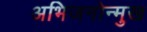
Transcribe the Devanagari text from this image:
अभिजनोन्मुख